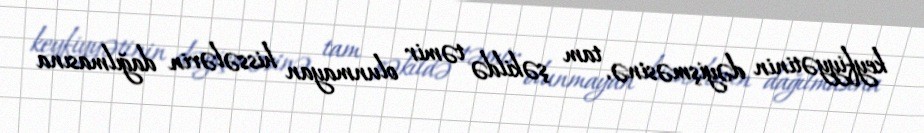
keyfiyyətinin dəyişməsinə, tam şəkildə təmir olunmayan hissələrin dağılmasına